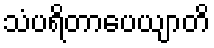
သံပရိတာပေယျာတိ